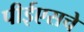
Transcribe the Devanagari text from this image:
पीईएसचे